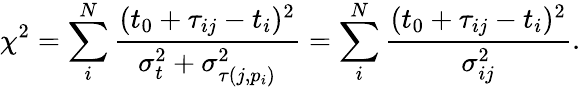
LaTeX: \chi^{2}=\sum_{i}^{N}\frac{(t_{0}+\tau_{ij}-t_{i})^{2}}{\sigma_{t}^{2}+\sigma_{\tau(j,p_{i})}^{2}}=\sum_{i}^{N}\frac{(t_{0}+\tau_{ij}-t_{i})^{2}}{\sigma_{ij}^{2}}.